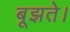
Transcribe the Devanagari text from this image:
बूझते।